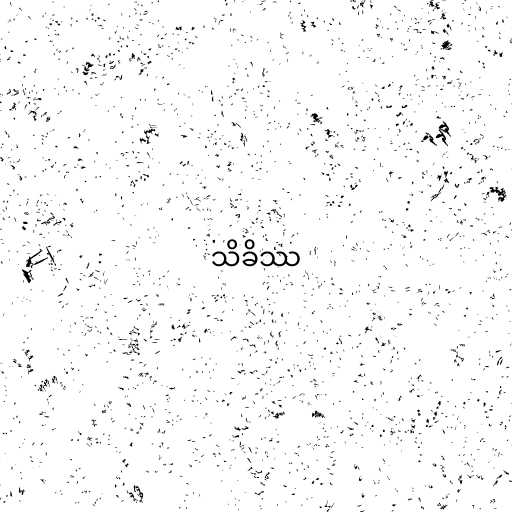
သိခိဿ